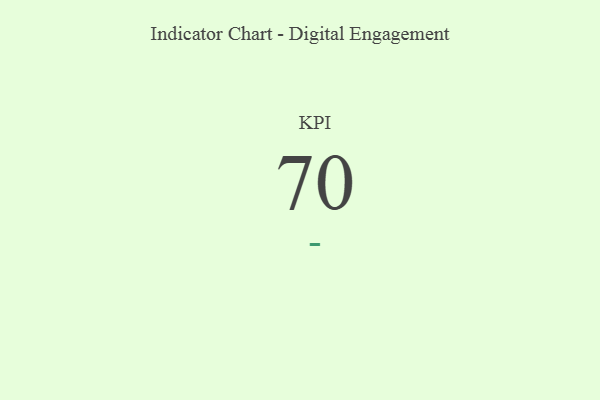
{"axis": {"x": "KPI", "y": "Value"}, "legend": [""], "data": [{"x": "KPI", "y": 70, "type": ""}]}